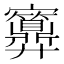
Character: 𱚜